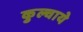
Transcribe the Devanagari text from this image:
कुल्चाये